system: You are a helpful assistant.
user:
Analyze the provided spectrum to determine if it is a **"Cataclysmic Variables (CV)"**.

- **Key Indicators for CV (Check for either state):**
    - **State 1: Quiescent / Low-State (Emission-Dominated)**
        - **(Primary):** Strong and *very broad* Hydrogen Balmer emission lines (e.g., $H\alpha$ at 6563 Å, $H\beta$ at 4861 Å). The 'broadness' (high velocity dispersion, often FWHM > 1000 km/s) is the key diagnostic, indicating a high-velocity accretion disk.
        - **(Secondary):** Broad neutral Helium (He I) emission lines (e.g., 5876 Å, 6678 Å).
        - **(Key Confirmation):** Presence of high-excitation *ionized* Helium (He II) emission at 4686 Å. This is a strong indicator of accretion onto a white dwarf.
        - **(Line Profile):** Emission lines may exhibit a 'double-peaked' profile, which is a classic signature of a rotating accretion disk viewed at high inclination.

    - **State 2: Outburst / High-State (Absorption-Dominated)**
        - **(Primary):** Spectrum is dominated by a bright, blue continuum (looks like a hot star).
        - **(Secondary):** The emission lines from State 1 are weak, absent, or 'filled in', and are replaced by broad, shallow *absorption* lines (primarily Balmer and He I).
        - **(Morphology):** The overall spectrum mimics a hot B/A-type star. The crucial difference is that the absorption lines are significantly broader, shallower, and more 'washed-out' (or 'smeared') than the sharp lines of a normal stellar photosphere, due to high rotational speeds and pressure broadening in the disk.

Think first, call **spectral_visualization_tool** if needed to examine features in detail, then provide your final answer. Your response must adhere to the following strict rules:
1.  **Overall Structure:** Your response must follow the format `<think>...</think> <tool_call>...</tool_call> (if a tool is used) <answer>...</answer>`.
2.  **Tool Usage Constraint:** You may only make **one** tool call per turn.
3.  **Final Answer Format:** In the `<answer>` tag, your conclusion must be inside a `\boxed{}` command (e.g., `\boxed{YES}`), followed by your justification.

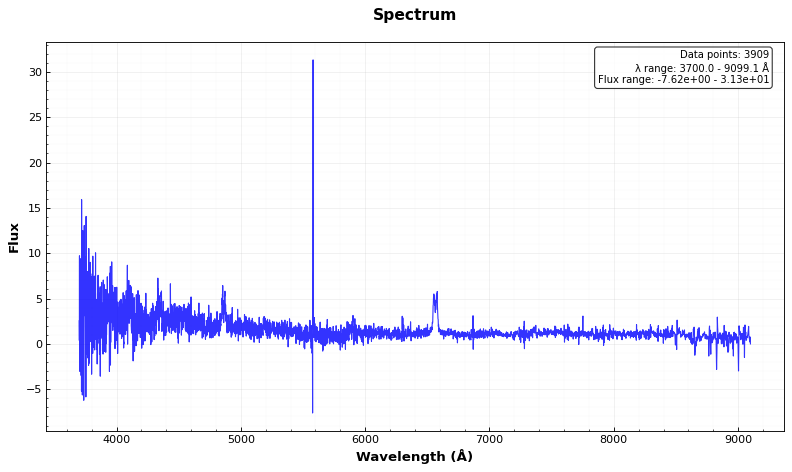
Answer: YES